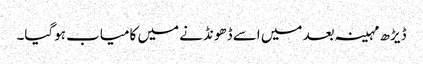
ڈیڑھ مہینہ بعد میں اسے ڈھونڈنے میں کامیاب ہوگیا۔